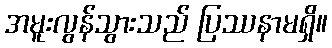
အမူးလွန်သွားသည် ပြဿနာမရှိ။